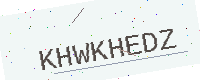
Text: KHWKHEDZ